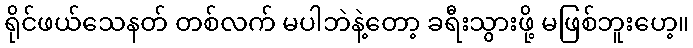
ရိုင်ဖယ်သေနတ် တစ်လက် မပါဘဲနဲ့တော့ ခရီးသွားဖို့ မဖြစ်ဘူးဟေ့။